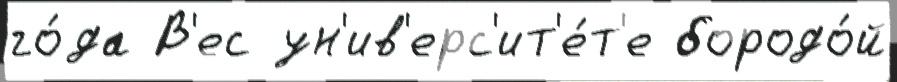
го́да В'ес ун'ив'ерс'ит'е́т'е бородо́й